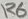
Text: R6